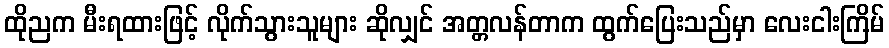
ထိုညက မီးရထားဖြင့် လိုက်သွားသူများ ဆိုလျှင် အတ္တလန်တာက ထွက်ပြေးသည်မှာ လေးငါးကြိမ်